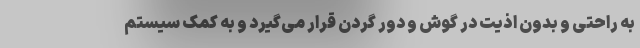
به راحتی و بدون اذیت در گوش و دور گردن قرار می‌گیرد و به کمک سیستم